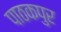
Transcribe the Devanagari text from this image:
पाठकपुर